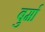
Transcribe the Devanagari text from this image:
बुर्मा